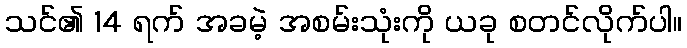
သင်၏ 14 ရက် အခမဲ့ အစမ်းသုံးကို ယခု စတင်လိုက်ပါ။